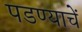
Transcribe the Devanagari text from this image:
पडण्याचें